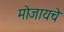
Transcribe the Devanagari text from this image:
मोजायचे